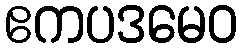
ဧကပဒမေဝ